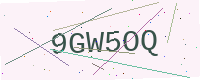
Text: 9GW5OQ